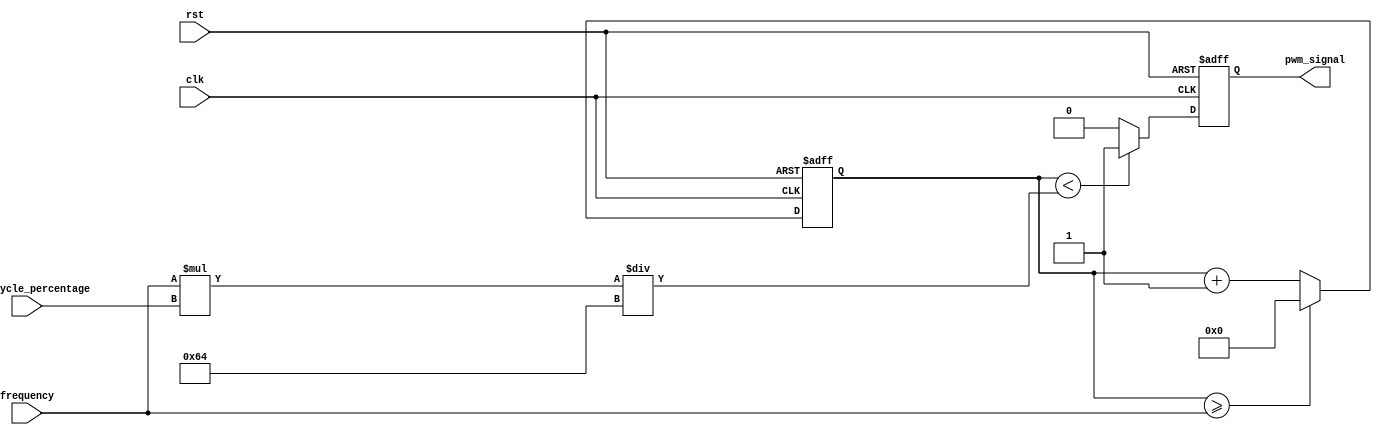
module pwm_generator(
    input wire clk,
    input wire rst,
    input wire [31:0] frequency,
    input wire [7:0] duty_cycle_percentage,
    output reg pwm_signal
);

reg [31:0] count;
reg pwm_state;

always @(posedge clk or posedge rst) begin
    if (rst) begin
        count <= 0;
        pwm_signal <= 0;
        pwm_state <= 0;
    end else begin
        count <= count + 1;
        if (count >= frequency) begin
            count <= 0;
        end
        
        if (count < frequency * duty_cycle_percentage / 100) begin
            pwm_signal <= 1;
        end else begin
            pwm_signal <= 0;
        end
    end
end

endmodule